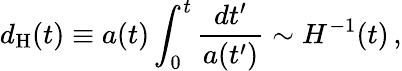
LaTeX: d_{\mathrm{H}}(t)\equiv a(t)\int_{0}^{t}{\frac{dt^{\prime}}{a(t^{\prime})}}\sim H^{-1}(t)\, ,